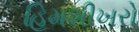
હિમશીખરો